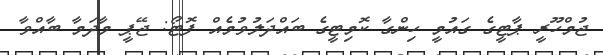
ޖުމްހޫރީ ޕާޓީގެ ގައުމީ ހިންގާ ކޮމިޓީގެ ބައްދަލުވުމެއް ފޮޓޯ: ޖޭޕީ މާދަމާ ބާއްވާ